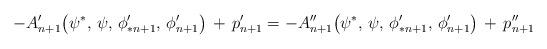
LaTeX: \begin{align*}-A'_{n+1}\big(\psi^*,\, \psi,\, \phi'_{* n+1},\, \phi'_{n+1}\big)\, +\, p_{n+1}'&=-A''_{n+1}\big(\psi^*,\, \psi,\, \phi'_{* n+1},\, \phi'_{n+1}\big)\, +\, p_{n+1}''\end{align*}